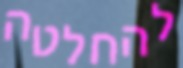
להחלטה